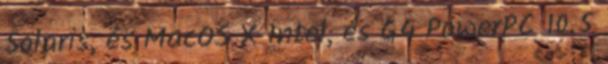
Solaris, és MacOS X Intel, és G4 PowerPC 10.5